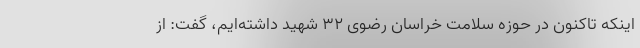
اینکه تاکنون در حوزه سلامت خراسان رضوی ۳۲ شهید داشته‌ایم، گفت: از